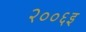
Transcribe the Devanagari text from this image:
२००६इ